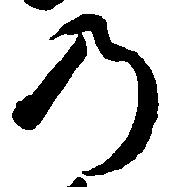
の